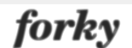
forky